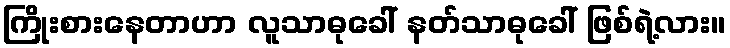
ကြိုးစားနေတာဟာ လူသာဓုခေါ် နတ်သာဓုခေါ် ဖြစ်ရဲ့လား။